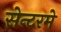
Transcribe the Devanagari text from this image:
सेन्टरमे